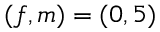
( f , m ) = ( 0 , 5 )